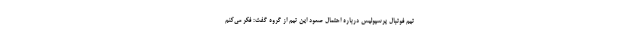
تیم فوتبال پرسپولیس درباره احتمال صعود این تیم از گروه گفت: فکر می‌کنم